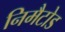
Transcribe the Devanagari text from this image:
निमैटोड